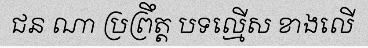
ជន ណា ប្រព្រឹត្ត បទល្មើស ខាងលើ